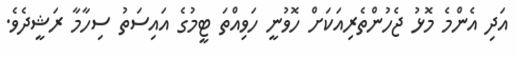
އަދި އެންމެ މޮޅު ޖެހުންތެރިއަކަށް ހޮވުނީ ހަވިއްތަ ޓީމުގެ އައިސަތު ސިހާމާ ރަޝީދެވެ.